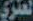
العنزي